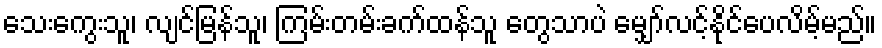
သေးကွေးသူ၊ လျင်မြန်သူ၊ ကြမ်းတမ်းခက်ထန်သူ တွေသာပဲ မျှော်လင့်နိုင်ပေလိမ့်မည်။